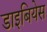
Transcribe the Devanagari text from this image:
डाइबियेस